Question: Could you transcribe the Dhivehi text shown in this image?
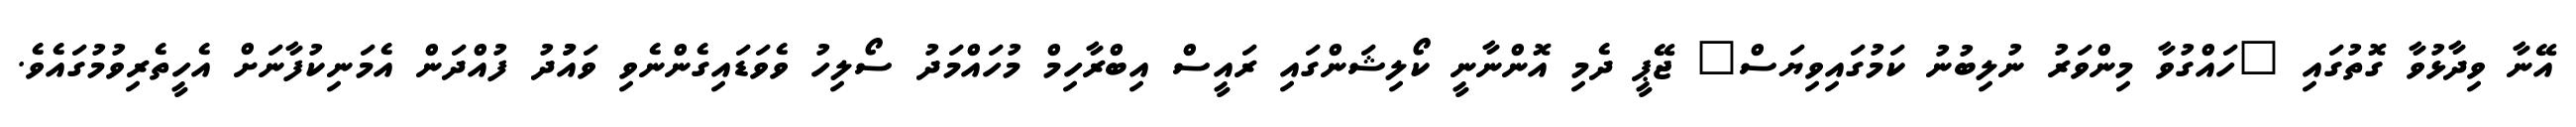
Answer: އޭނާ ވިދާޅުވާ ގޮތުގައި "ހައްގުވާ މިންވަރު ނުލިބުނު ކަމުގައިވިޔަސް" ޖޭޕީ ދެމި އޮންނާނީ ކޯލިޝަންގައި ރައީސް އިބްރާހިމް މުހައްމަދު ސޯލިހު ވެވަޑައިގެންނެވި ވައުުދު ފުއްދަން އެމަނިކުފާނަށް އެހީތެރިވުމުގައެވެ.